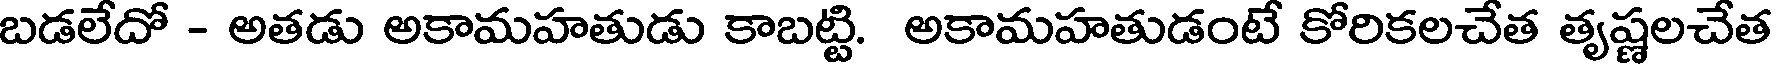
బడలేదో - అతడు అకామహతుడు కాబట్టి. అకామహతుడంటే కోరికలచేత తృష్ణలచేత